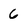
Character: 6